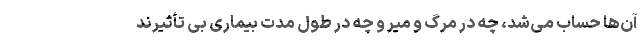
آن‌ها حساب می‌شد، چه در مرگ و میر و چه در طول مدت بیماری بی تأثیرند